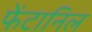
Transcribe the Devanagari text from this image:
फेंटानिल